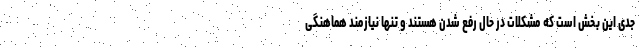
جدی این بخش است که مشکلات در حال رفع شدن هستند و تنها نیازمند هماهنگی